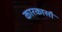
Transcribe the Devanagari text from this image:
कारकासौं